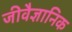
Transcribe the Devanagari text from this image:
जीवैज्ञानिक